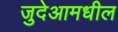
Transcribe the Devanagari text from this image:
जुदेआमधील